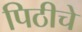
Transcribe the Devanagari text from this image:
पिठीचे